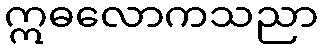
ဣဓလောကသညာ